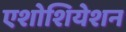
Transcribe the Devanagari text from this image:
एशोशियेशन